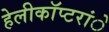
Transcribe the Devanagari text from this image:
हेलीकाॅप्टरांे